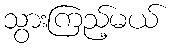
သွားကြည့်မယ်